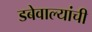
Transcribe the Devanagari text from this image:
डबेवाल्यांची